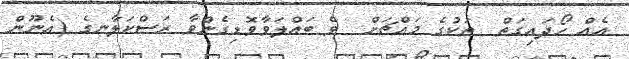
އެއް ހޯދައިގަތް  ތަކުގެ މައްޗަށް  ވެ ބައްލަވާވޮޑިގެންވާ ރަސްކަލާނގެ (އެނޫން